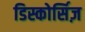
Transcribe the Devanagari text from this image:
डिस्कोर्सिज़